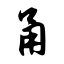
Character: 甬